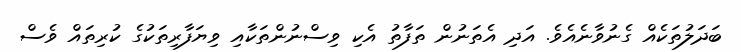
ބަދަލުތަކެއް ގެނުވާނެއެވެ. އަދި އެތަނުން ތަފާތު އެކި ވިސްނުންތަކާއި ވިޔަފާރިތަކުގެ ކުރިތައް ވެސް